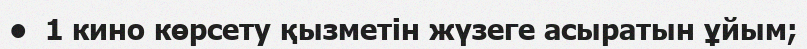
•  1 кино көрсету қызметін жүзеге асыратын ұйым;